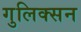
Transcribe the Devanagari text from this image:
गुलिक्सन